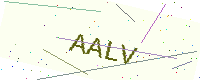
Text: AALV